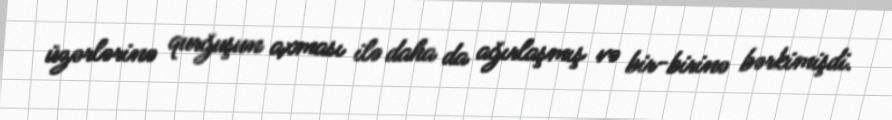
üzərlərinə qurğuşun axması ilə daha da ağırlaşmış və bir-birinə bərkimişdi.